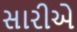
સારીએ